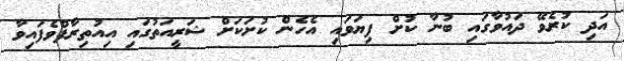
އަދި ކުރެވޭ ދައުވާގައި ބުނާ ކުށް ފިޔަވައި އެހެން ކުށަކަށް ޝަރީއަތުގައި އިއުތިރާފްވެފައިވާ